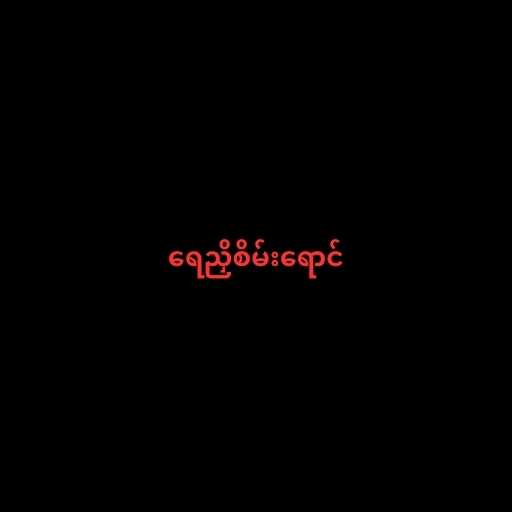
ရေညှိစိမ်းရောင်